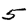
Digit: 5